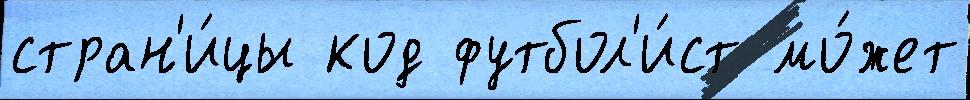
стран'и́цы код футбол'и́ст мо́жет